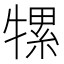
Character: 㹎